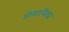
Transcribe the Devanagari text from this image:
प्रोमाधिक्य